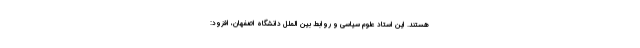
هستند. این استاد علوم سیاسی و روابط بین الملل دانشگاه اصفهان، افزود: